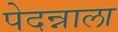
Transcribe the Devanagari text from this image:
पेदन्नाला